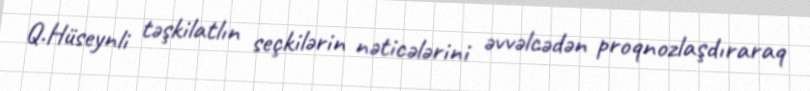
Q.Hüseynli təşkilatlın seçkilərin nəticələrini əvvəlcədən proqnozlaşdıraraq